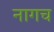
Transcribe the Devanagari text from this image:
नागच